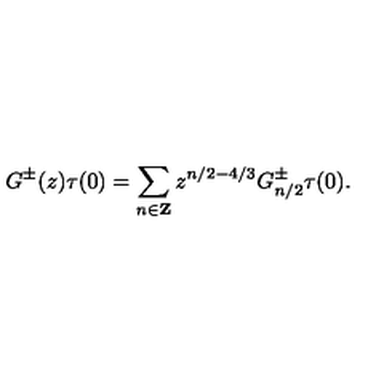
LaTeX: G ^ { \pm } ( z ) \tau ( 0 ) = \sum _ { n \in { \bf Z } } z ^ { n / 2 - 4 / 3 } G _ { n / 2 } ^ { \pm } \tau ( 0 ) .